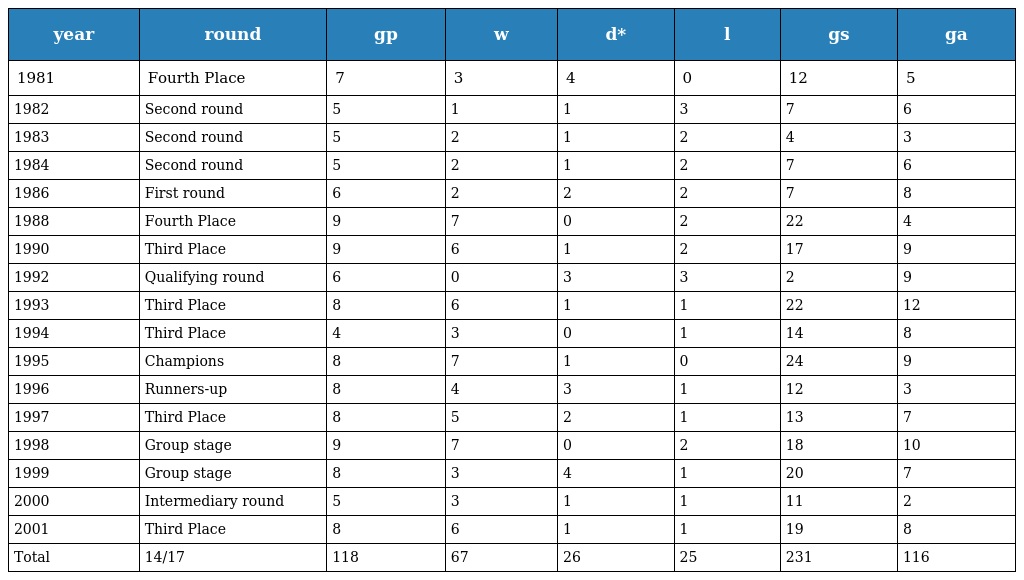
| year | round | gp | w | d* | l | gs | ga |
 | --- | --- | --- | --- | --- | --- | --- | --- |
 | 1981 | Fourth Place | 7 | 3 | 4 | 0 | 12 | 5 |
 | 1982 | Second round | 5 | 1 | 1 | 3 | 7 | 6 |
 | 1983 | Second round | 5 | 2 | 1 | 2 | 4 | 3 |
 | 1984 | Second round | 5 | 2 | 1 | 2 | 7 | 6 |
 | 1986 | First round | 6 | 2 | 2 | 2 | 7 | 8 |
 | 1988 | Fourth Place | 9 | 7 | 0 | 2 | 22 | 4 |
 | 1990 | Third Place | 9 | 6 | 1 | 2 | 17 | 9 |
 | 1992 | Qualifying round | 6 | 0 | 3 | 3 | 2 | 9 |
 | 1993 | Third Place | 8 | 6 | 1 | 1 | 22 | 12 |
 | 1994 | Third Place | 4 | 3 | 0 | 1 | 14 | 8 |
 | 1995 | Champions | 8 | 7 | 1 | 0 | 24 | 9 |
 | 1996 | Runners-up | 8 | 4 | 3 | 1 | 12 | 3 |
 | 1997 | Third Place | 8 | 5 | 2 | 1 | 13 | 7 |
 | 1998 | Group stage | 9 | 7 | 0 | 2 | 18 | 10 |
 | 1999 | Group stage | 8 | 3 | 4 | 1 | 20 | 7 |
 | 2000 | Intermediary round | 5 | 3 | 1 | 1 | 11 | 2 |
 | 2001 | Third Place | 8 | 6 | 1 | 1 | 19 | 8 |
 | Total | 14/17 | 118 | 67 | 26 | 25 | 231 | 116 |